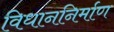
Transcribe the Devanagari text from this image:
विधाननिर्माण